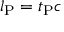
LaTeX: l _ { \mathrm { P } } = t _ { \mathrm { P } } c